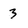
Character: 3